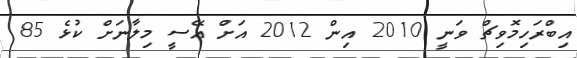
އިބްރަހިމޮވިޗް ވަނީ 2010 އިން 2012 އަށް އޭސީ މިލާނަށް ކުޅެ 85